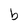
Character: b